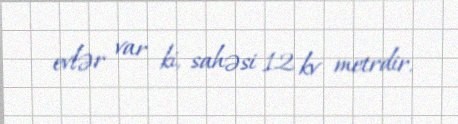
evlər var ki, sahəsi 12 kv metrdir.